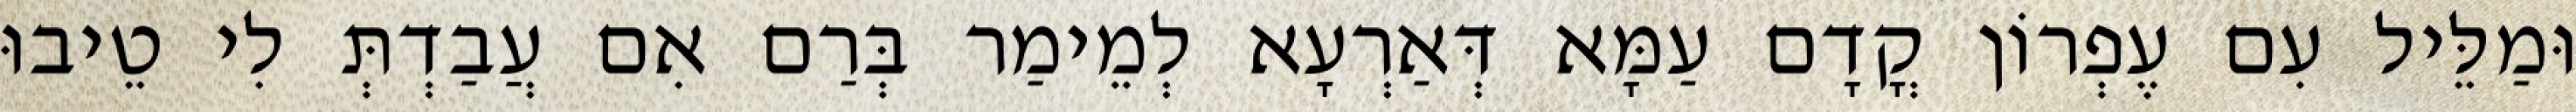
וּמַלֵּיל עִם עֶפְרוֹן קֳדָם עַמָּא דְּאַרְעָא לְמֵימַר בְּרַם אִם עֲבַדְתְּ לִי טֵיבוּ